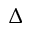
\Delta